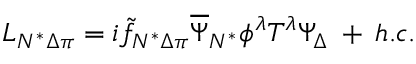
{ \cal L } _ { N ^ { * } \Delta \pi } = i \tilde { f } _ { N ^ { * } \Delta \pi } \overline { { { \Psi } } } _ { N ^ { * } } \phi ^ { \lambda } T ^ { \lambda } { \Psi } _ { \Delta } \: + \: h . c .